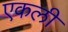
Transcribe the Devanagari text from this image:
एकली